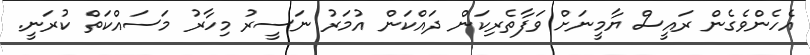
އެހެންވެގެން ރައީސް ޔާމީނަށް ވަފާތެރިކަން ދައްކަން އުމަރު ނަސީރު މިހާރު މަސައްކަތް ކުރަނީ.